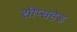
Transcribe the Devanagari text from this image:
शीप्सहेड